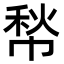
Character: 㡑